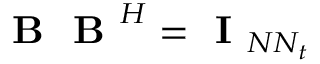
\textbf { B } \textbf { B } ^ { H } = \textbf { I } _ { N N _ { t } }